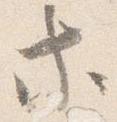
等